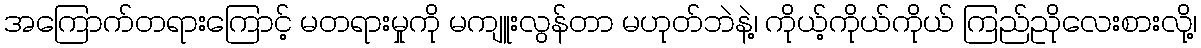
အကြောက်တရားကြောင့် မတရားမှုကို မကျူးလွန်တာ မဟုတ်ဘဲနဲ့၊ ကိုယ့်ကိုယ်ကိုယ် ကြည်ညိုလေးစားလို့၊